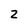
Character: 2